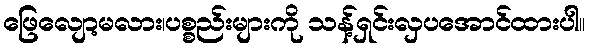
ဖြေလျော့မလား၊ပစ္စည်းများကို သန့်ရှင်းလှပအောင်ထားပါ။